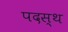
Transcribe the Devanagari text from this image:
पदस्‍थ